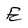
Character: E